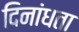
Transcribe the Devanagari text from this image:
दिनांधता